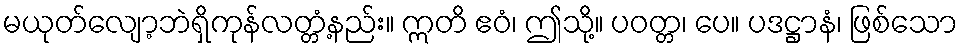
မယုတ်လျော့ဘဲရှိကုန်လတ္တံ့နည်း။ ဣတိ ဧဝံ၊ ဤသို့။ ပဝတ္တ၊ ပေ။ ပဒဋ္ဌာနံ၊ ဖြစ်သော